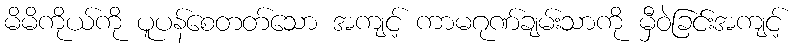
မိမိကိုယ်ကို ပူပန်စေတတ်သော အကျင့် ကာမဂုဏ်ချမ်းသာကို မှီဝဲခြင်းအကျင့်